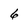
Character: 6